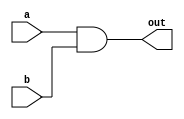
`timescale 1ns/1ps
module AND(out, a, b);
    input a, b;
    output out;
    wire temp;
    nand n1 (temp, a, b);
    nand n2 (out, temp, temp);
endmodule

module OR(out, a, b);
    input a, b;
    output out;
    wire temp1, temp2;
    nand n1 (temp1, a, a);
    nand n2 (temp2, b, b);
    nand n3 (out, temp1, temp2);
endmodule

module XOR(out, a, b);
    input a, b;
    output out;
    wire temp1, temp2, na, nb;
    nand n1 (na, a, a);
    nand n2 (nb, b, b);
    nand n3 (temp1, na, b);
    nand n4 (temp2, nb, a);
    nand n5 (out, temp1, temp2);
endmodule

module Majority(a, b, c, out);
    input a, b, c;
    output out;
    wire temp1, temp2, temp3, temp4, temp5, temp6;
    AND A1 (temp1, a, b);
    AND A2 (temp2, a, c);
    AND A3 (temp3, b, c);
    OR O1 (temp4, temp1, temp2);
    OR O2 (out, temp4, temp3);
endmodule

module Full_Adder (a, b, cin, cout, sum);
    input a, b, cin;
    output cout, sum;
    wire temp1;
    Majority M1 (a, b, cin, cout);
    XOR X1 (temp1, a, b);
    XOR X2 (sum, temp1, cin);
endmodule

module Ripple_Carry_Adder(a, b, cin, cout, sum);
    input [8-1:0] a, b;
    input cin;
    output cout;
    output [8-1:0] sum;
    wire [7-1:0] tempcin;
    Full_Adder F1 (a[0], b[0], cin, tempcin[0], sum[0]);
    Full_Adder F2 (a[1], b[1], tempcin[0], tempcin[1], sum[1]);
    Full_Adder F3 (a[2], b[2], tempcin[1], tempcin[2], sum[2]);
    Full_Adder F4 (a[3], b[3], tempcin[2], tempcin[3], sum[3]);
    Full_Adder F5 (a[4], b[4], tempcin[3], tempcin[4], sum[4]);
    Full_Adder F6 (a[5], b[5], tempcin[4], tempcin[5], sum[5]);
    Full_Adder F7 (a[6], b[6], tempcin[5], tempcin[6], sum[6]);
    Full_Adder F8 (a[7], b[7], tempcin[6], cout, sum[7]);
endmodule